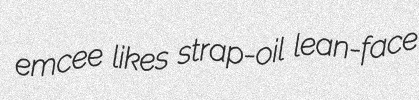
emcee likes strap-oil lean-face